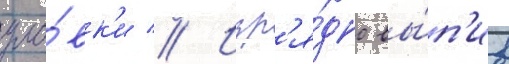
уло́вк'и // Изр'я́дно вы́п'ив